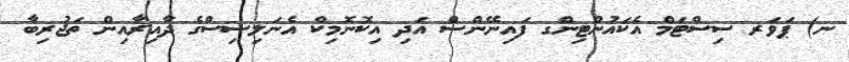
ނ) ޕަވަރ ސިސްޓަމް އެކައުންޓިންގ ފައިނޭންސް އަދި އިކޮނޮމިކް އެނަލިސިސްގެ ދާއިރާއިން ތަޖުރިބާ